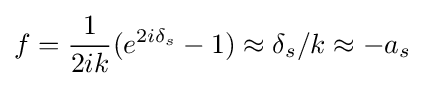
f={\frac {1}{2ik}}(e^{2i\delta _{s}}-1)\approx \delta _{s}/k\approx -a_{s}